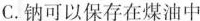
C.钠可以保存在煤油中